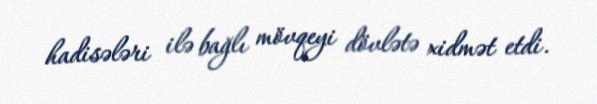
hadisələri ilə bağlı mövqeyi dövlətə xidmət etdi.